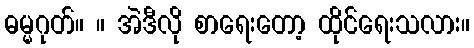
ဓမ္မဂုတ်။ ။ အဲဒီလို စာရေးတော့ ထိုင်ရေးသလား။